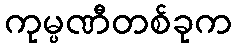
ကုမ္ပဏီတစ်ခုက